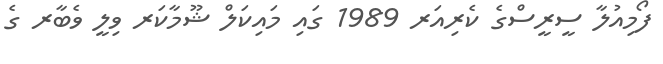
ފޯމިއުލާ ސީރީސްގެ ކެރިއަރ 1989 ގައި މައިކަލް ޝޫމާކަރ ވިލީ ވެބާރ ގެ